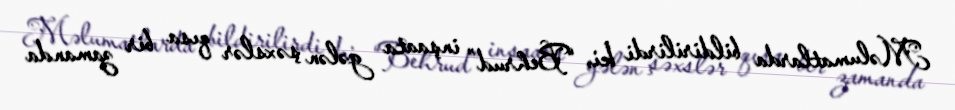
Məlumatlarda bildirilirdi ki, “Behrud” inşaata gələn şəxslər qısa bir zamanda